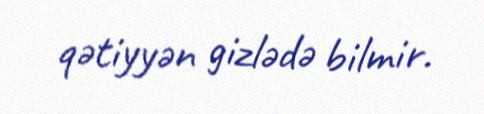
qətiyyən gizlədə bilmir.